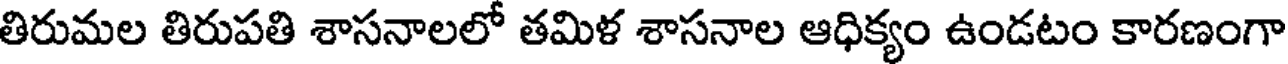
తిరుమల తిరుపతి శాసనాలలో తమిళ శాసనాల ఆధిక్యం ఉండటం కారణంగా